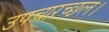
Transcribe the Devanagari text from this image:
उपचारच्छल।